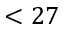
< 2 7